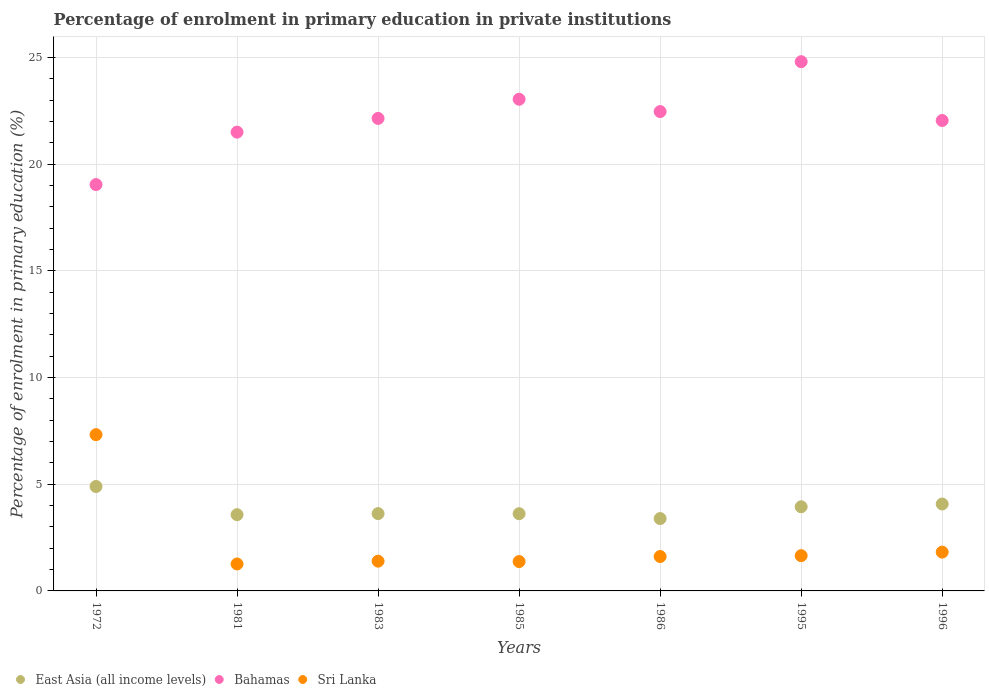
| Years | East Asia (all income levels) | Bahamas | Sri Lanka |
 | --- | --- | --- | --- |
 | 1972 | 4.89 | 19 | 7.32 |
 | 1981 | 3.57 | 21.5 | 1.26 |
 | 1983 | 3.62 | 22.1 | 1.39 |
 | 1985 | 3.62 | 23 | 1.38 |
 | 1986 | 3.39 | 22.5 | 1.61 |
 | 1995 | 3.94 | 24.8 | 1.65 |
 | 1996 | 4.07 | 22 | 1.82 |